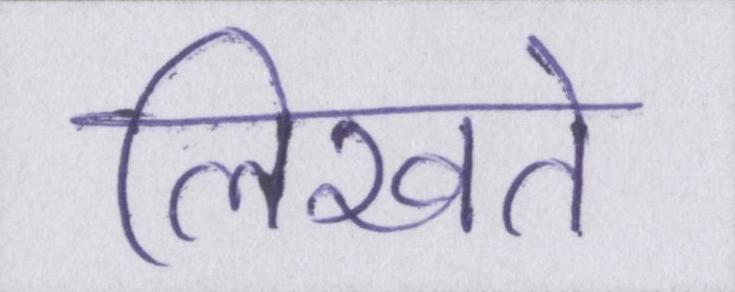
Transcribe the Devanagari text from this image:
लिखते